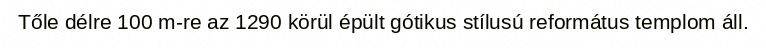
Tőle délre 100 m-re az 1290 körül épült gótikus stílusú református templom áll.